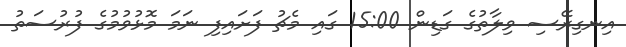
އިނގިރޭސި ވިލާތުގެ ގަޑިން 15:00 ގައި މެޗު ފަށައިފި ނަމަ މޮޅުވުމުގެ ފުރުސަތު